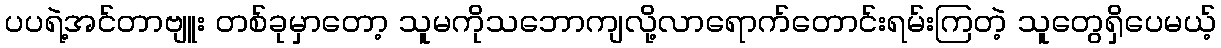
ပပရဲ့အင်တာဗျူး တစ်ခုမှာတော့ သူမကိုသဘောကျလို့လာရောက်တောင်းရမ်းကြတဲ့ သူတွေရှိပေမယ့်